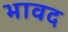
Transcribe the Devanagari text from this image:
भावद